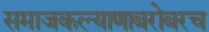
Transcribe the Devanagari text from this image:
समाजकल्याणाबरोबरच